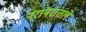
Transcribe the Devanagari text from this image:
नरांनरांतले